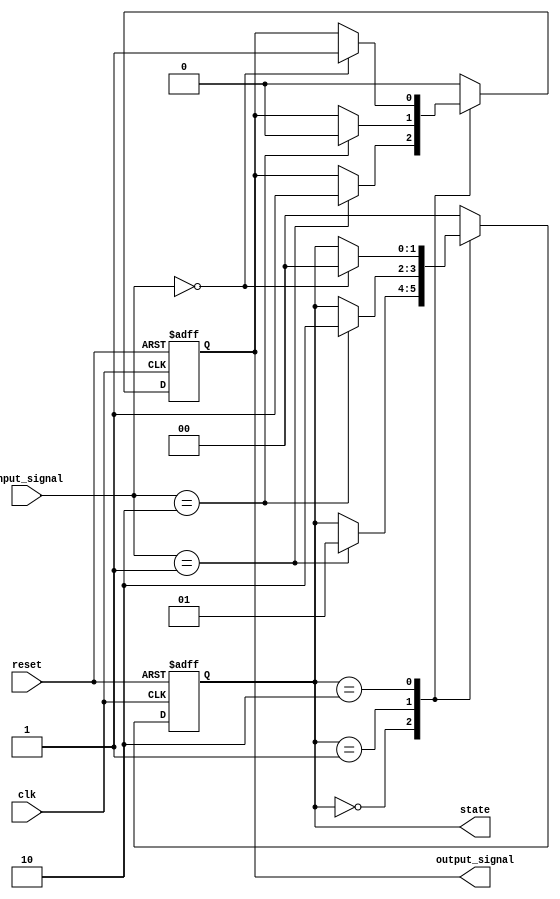
module edge_triggered_fsm (
    input wire clk,        // Clock signal
    input wire reset,      // Asynchronous reset signal
    input wire [1:0] input_signal,  // Sample input signal
    output reg [1:0] state,  // Current state
    output reg output_signal   // Output signal
);

// State encoding
parameter IDLE = 2'b00,
          STATE1 = 2'b01,
          STATE2 = 2'b10;

// Sequential behavior on negative edge of clk
always @(negedge clk or posedge reset) begin
    if (reset) begin
        // Initialization on reset
        state <= IDLE;          // Set initial state
        output_signal <= 1'b0;  // Reset output signal
    end else begin
        // State transition based on input_signal
        case (state)
            IDLE: begin
                if (input_signal == 2'b01) begin
                    state <= STATE1;    // Transition to STATE1
                    output_signal <= 1'b1; // Update output signal
                end
            end
            
            STATE1: begin
                if (input_signal == 2'b10) begin
                    state <= STATE2;    // Transition to STATE2
                    output_signal <= 1'b0; // Update output signal
                end
            end
            
            STATE2: begin
                if (input_signal == 2'b00) begin
                    state <= IDLE;      // Return to IDLE
                    output_signal <= 1'b1; // Update output signal
                end
            end
            
            default: begin
                state <= IDLE;        // Default case to avoid latches
                output_signal <= 1'b0; // Ensure output is defined
            end
        endcase
    end
end

endmodule